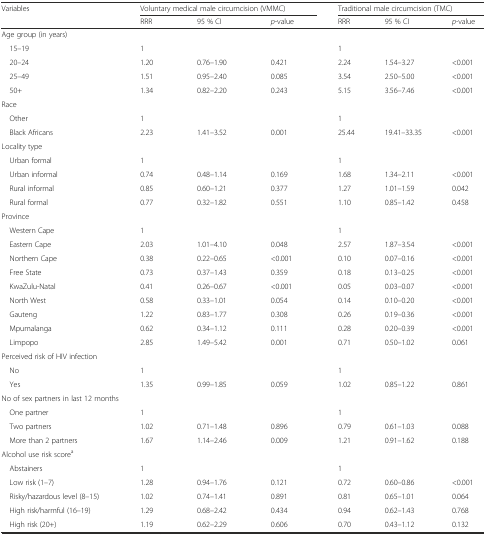
<table><thead><tr><td rowspan="2"><b>Variables</b></td><td colspan="3"><b>Voluntary medical male circumcision (VMMC)</b></td><td colspan="3"><b>Traditional male circumcision (TMC)</b></td></tr><tr><td><b>RRR</b></td><td><b>95 % CI</b></td><td><b><i>p</i>-value</b></td><td><b>RRR</b></td><td><b>95 % CI</b></td><td><b><i>p</i>-value</b></td></tr></thead><tbody><tr><td>Age group (in years)</td><td></td><td></td><td></td><td></td><td></td><td></td></tr><tr><td> 15–19</td><td>1</td><td></td><td></td><td>1</td><td></td><td></td></tr><tr><td> 20–24</td><td>1.20</td><td>0.76–1.90</td><td>0.421</td><td>2.24</td><td>1.54–3.27</td><td>&lt;0.001</td></tr><tr><td> 25–49</td><td>1.51</td><td>0.95–2.40</td><td>0.085</td><td>3.54</td><td>2.50–5.00</td><td>&lt;0.001</td></tr><tr><td> 50+</td><td>1.34</td><td>0.82–2.20</td><td>0.243</td><td>5.15</td><td>3.56–7.46</td><td>&lt;0.001</td></tr><tr><td>Race</td><td></td><td></td><td></td><td></td><td></td><td></td></tr><tr><td> Other</td><td>1</td><td></td><td></td><td>1</td><td></td><td></td></tr><tr><td> Black Africans</td><td>2.23</td><td>1.41–3.52</td><td>0.001</td><td>25.44</td><td>19.41–33.35</td><td>&lt;0.001</td></tr><tr><td>Locality type</td><td></td><td></td><td></td><td></td><td></td><td></td></tr><tr><td> Urban formal</td><td>1</td><td></td><td></td><td>1</td><td></td><td></td></tr><tr><td> Urban informal</td><td>0.74</td><td>0.48–1.14</td><td>0.169</td><td>1.68</td><td>1.34–2.11</td><td>&lt;0.001</td></tr><tr><td> Rural informal</td><td>0.85</td><td>0.60–1.21</td><td>0.377</td><td>1.27</td><td>1.01–1.59</td><td>0.042</td></tr><tr><td> Rural formal</td><td>0.77</td><td>0.32–1.82</td><td>0.551</td><td>1.10</td><td>0.85–1.42</td><td>0.458</td></tr><tr><td>Province</td><td></td><td></td><td></td><td></td><td></td><td></td></tr><tr><td> Western Cape</td><td>1</td><td></td><td></td><td>1</td><td></td><td></td></tr><tr><td> Eastern Cape</td><td>2.03</td><td>1.01–4.10</td><td>0.048</td><td>2.57</td><td>1.87–3.54</td><td>&lt;0.001</td></tr><tr><td> Northern Cape</td><td>0.38</td><td>0.22–0.65</td><td>&lt;0.001</td><td>0.10</td><td>0.07–0.16</td><td>&lt;0.001</td></tr><tr><td> Free State</td><td>0.73</td><td>0.37–1.43</td><td>0.359</td><td>0.18</td><td>0.13–0.25</td><td>&lt;0.001</td></tr><tr><td> KwaZulu-Natal</td><td>0.41</td><td>0.26–0.67</td><td>&lt;0.001</td><td>0.05</td><td>0.03–0.07</td><td>&lt;0.001</td></tr><tr><td> North West</td><td>0.58</td><td>0.33–1.01</td><td>0.054</td><td>0.14</td><td>0.10–0.20</td><td>&lt;0.001</td></tr><tr><td> Gauteng</td><td>1.22</td><td>0.83–1.77</td><td>0.308</td><td>0.26</td><td>0.19–0.36</td><td>&lt;0.001</td></tr><tr><td> Mpumalanga</td><td>0.62</td><td>0.34–1.12</td><td>0.111</td><td>0.28</td><td>0.20–0.39</td><td>&lt;0.001</td></tr><tr><td> Limpopo</td><td>2.85</td><td>1.49–5.42</td><td>0.001</td><td>0.71</td><td>0.50–1.02</td><td>0.061</td></tr><tr><td>Perceived risk of HIV infection</td><td></td><td></td><td></td><td></td><td></td><td></td></tr><tr><td> No</td><td>1</td><td></td><td></td><td>1</td><td></td><td></td></tr><tr><td> Yes</td><td>1.35</td><td>0.99–1.85</td><td>0.059</td><td>1.02</td><td>0.85–1.22</td><td>0.861</td></tr><tr><td>No of sex partners in last 12 months</td><td></td><td></td><td></td><td></td><td></td><td></td></tr><tr><td> One partner</td><td>1</td><td></td><td></td><td>1</td><td></td><td></td></tr><tr><td> Two partners</td><td>1.02</td><td>0.71–1.48</td><td>0.896</td><td>0.79</td><td>0.61–1.03</td><td>0.088</td></tr><tr><td> More than 2 partners</td><td>1.67</td><td>1.14–2.46</td><td>0.009</td><td>1.21</td><td>0.91–1.62</td><td>0.188</td></tr><tr><td>Alcohol use risk score<sup>a</sup></td><td></td><td></td><td></td><td></td><td></td><td></td></tr><tr><td> Abstainers</td><td>1</td><td></td><td></td><td>1</td><td></td><td></td></tr><tr><td> Low risk (1–7)</td><td>1.28</td><td>0.94–1.76</td><td>0.121</td><td>0.72</td><td>0.60–0.86</td><td>&lt;0.001</td></tr><tr><td> Risky/hazardous level (8–15)</td><td>1.02</td><td>0.74–1.41</td><td>0.891</td><td>0.81</td><td>0.65–1.01</td><td>0.064</td></tr><tr><td> High risk/harmful (16–19)</td><td>1.29</td><td>0.68–2.42</td><td>0.434</td><td>0.94</td><td>0.62–1.43</td><td>0.768</td></tr><tr><td> High risk (20+)</td><td>1.19</td><td>0.62–2.29</td><td>0.606</td><td>0.70</td><td>0.43–1.12</td><td>0.132</td></tr></tbody></table>